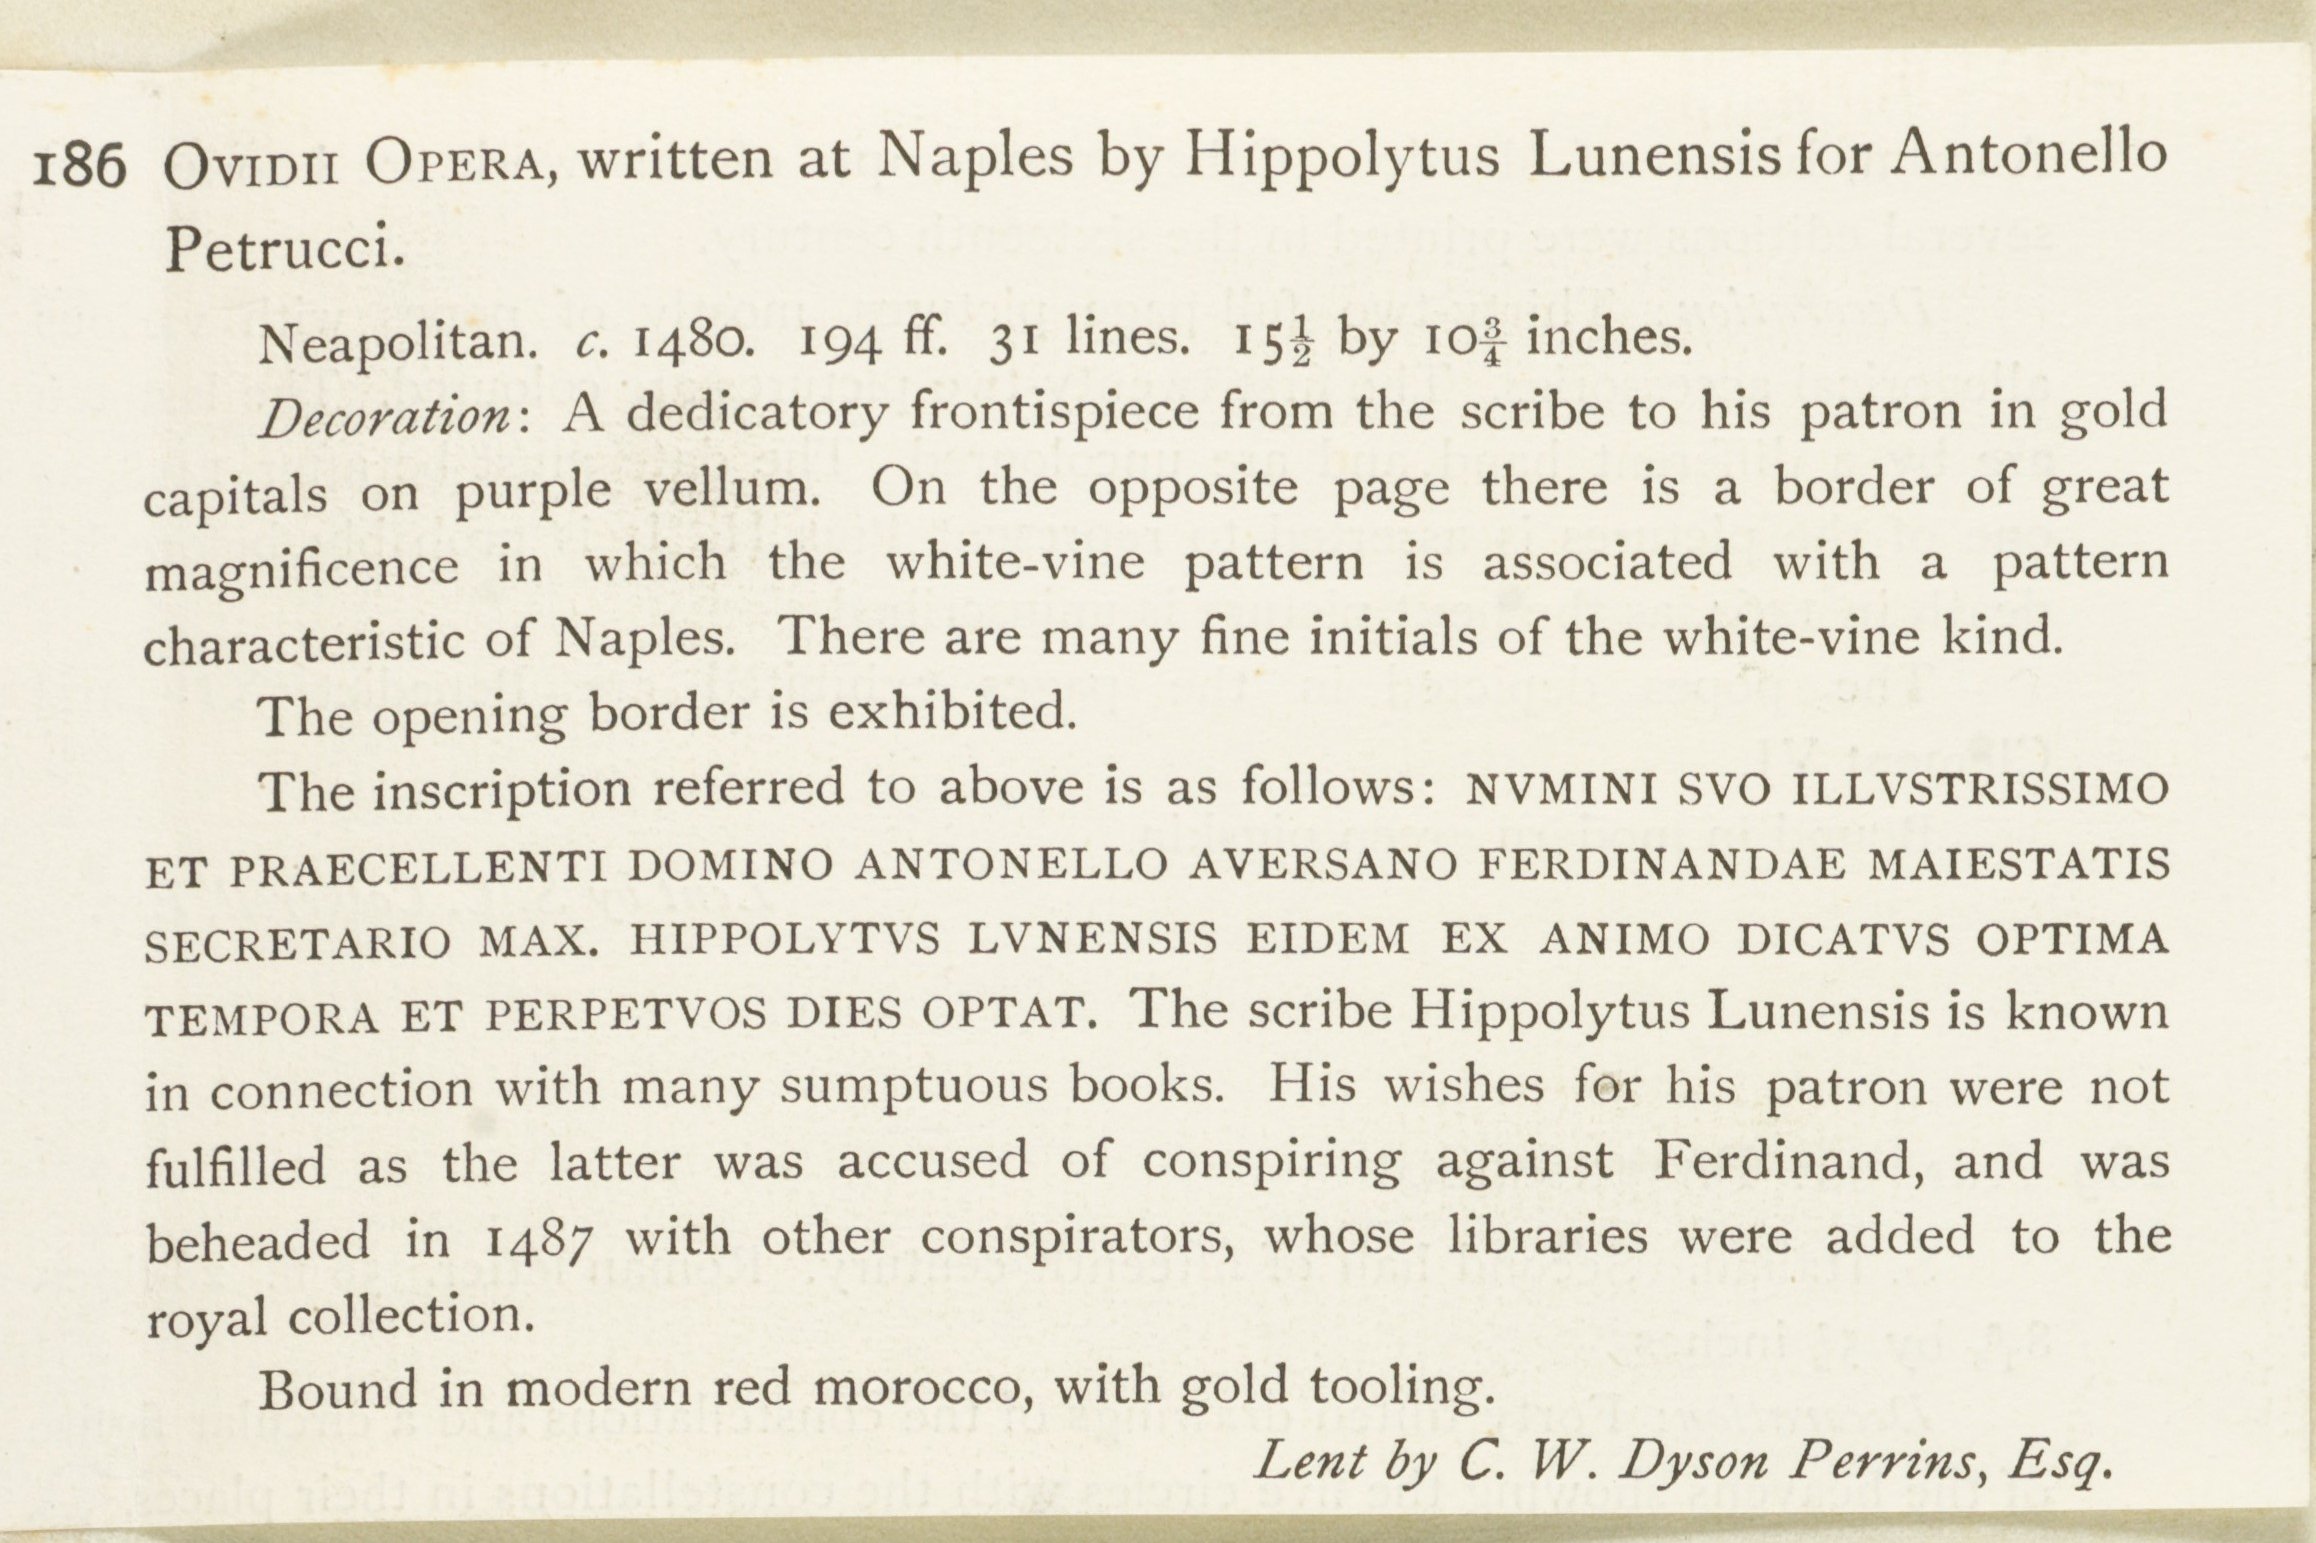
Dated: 1465–1495